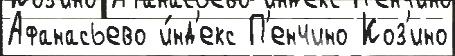
Афанасьево и́нд'екс П'енчино Коз'ино